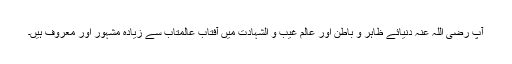
آپ رضی اللہ عنہٗ دنیائے ظاہر و باطن اور عالمِ غیب و الشہادت میں آفتابِ عالمتاب سے زیادہ مشہور اور معروف ہیں۔